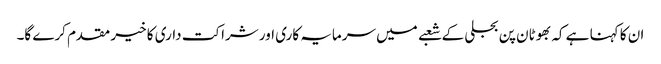
ان کا کہنا ہے کہ بھوٹان پن بجلی کے شعبے میں سرمایہ کاری اور شراکت داری کا خیر مقدم کرے گا۔